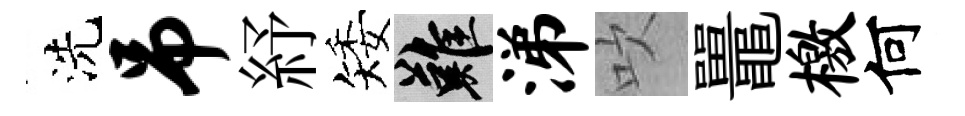
洗吊紓矮難涕吹鼉檄何